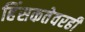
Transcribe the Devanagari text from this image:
हिंसकतेवरही